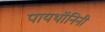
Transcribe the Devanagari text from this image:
पायथॉनिनी